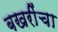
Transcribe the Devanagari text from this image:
बखरींचा